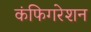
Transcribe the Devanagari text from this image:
कंफिगरेशन